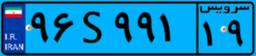
۹۶S۹۹۱۱۹